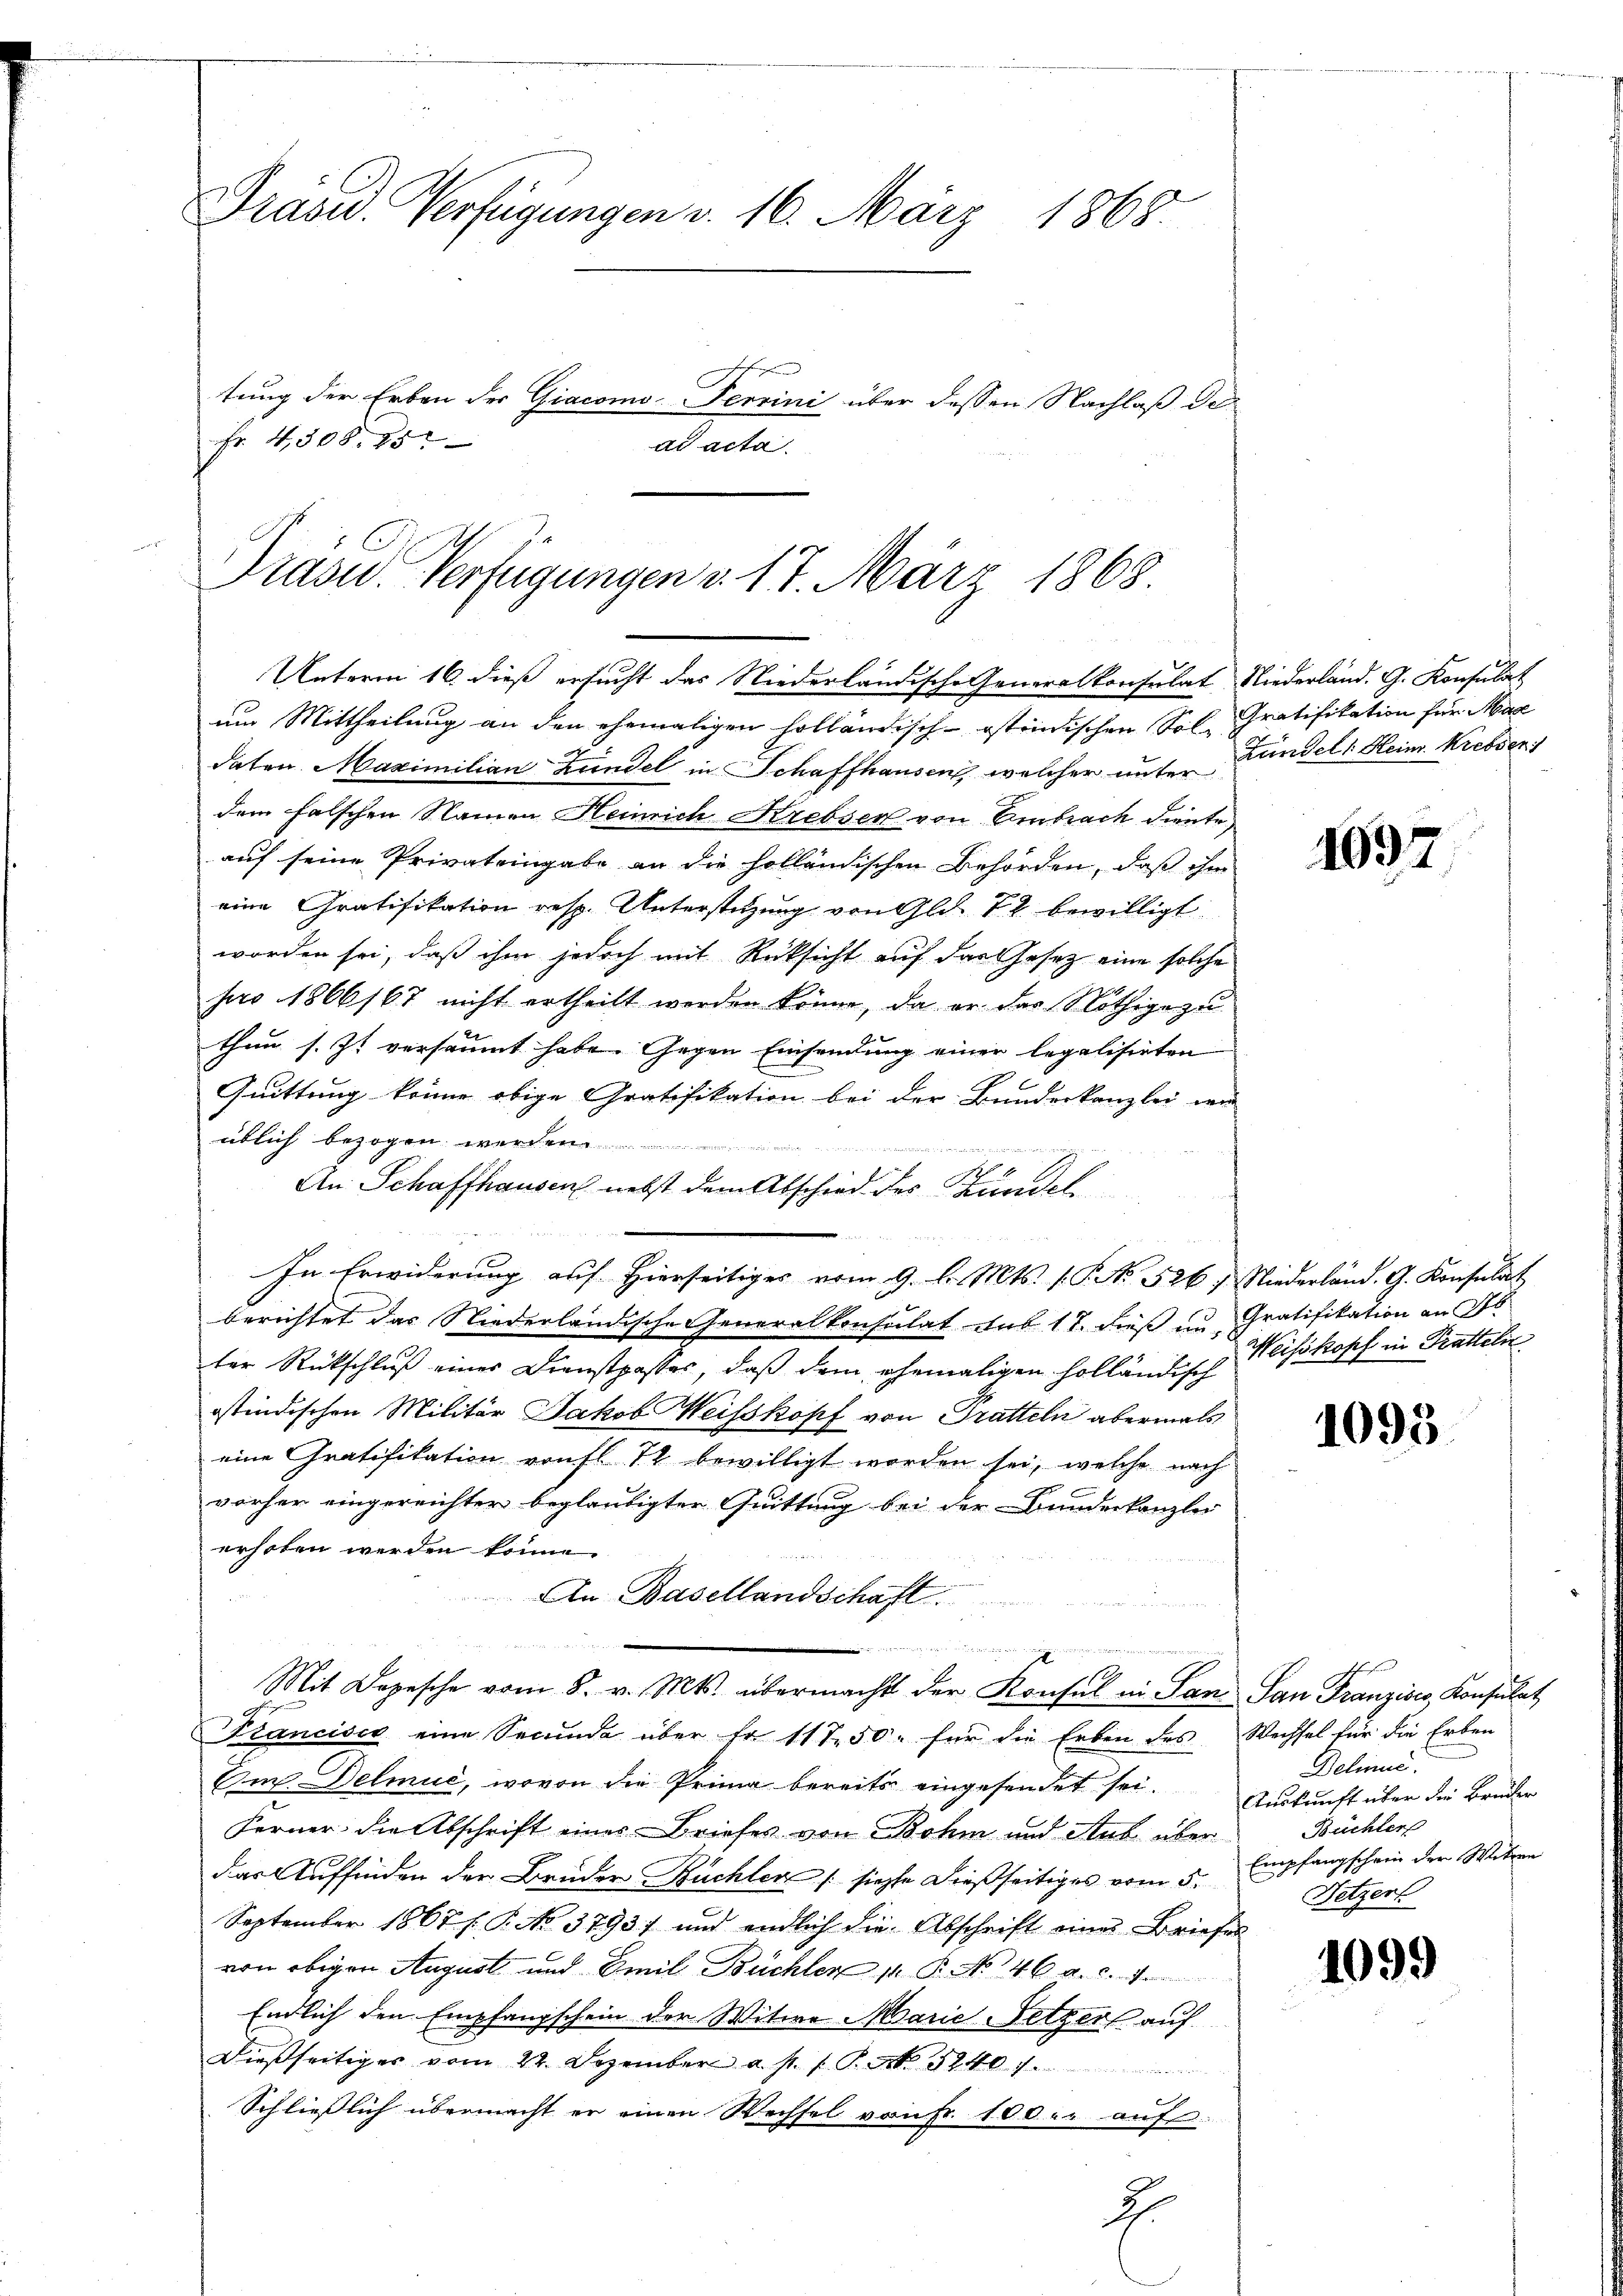
Präsid. Verfügungen v. 16. März 1865
fehen
tung der Erben der Giacomo-Terrini über dessen Nachlaß der
Fr. 4,508. 25
ad acta

Prau. Verfügungen d. 17. März 1868
Unterm 16. dieß ersucht das Niederländische Generalkonsulat Niederländ. G. Konsulat

um Mittheilung an den ehemaligen holländisch-östrindischen Sol Gratifikation für Mac
daten. Maximilian Bundel in Schaffhausen, welcher unter Bundels Heinr. Krebsen
dem falschen Namen Heinrich Krebser von Embrach diente
auf seine Privateingabe an die holländischen Behörden, daß ihm
eine Gratifikation resp. Unterstützung von Gld. 72 bewilligt
worden sei, daß ihm jedoch mit Rücksicht auf das Gesetz eine solche
pro 1866167 nicht ertheilt werden könne, da er das Nöthige zu
thun s. Zt. versäumt habe. Gegen Einsendung einer legalisirten
Quittung keine obige Gratifikation bei der Bundeskanzlei wir
üblich bezogen.

An Schaffhausen nebst dem Abschied des Bündel
In Erwiderung auf hierseitiges vom 9. d. Mts. (T. No. 526. Niederländ. G. Konsulat
berichtet das Niederländische Generalkonsulat aus 17. dieß im Gratifikation an Fl
ter Rückschluß eines Dienstpasses, daß dem ehemaligen holländisch
ostindischen Militär Jakob Weisskopf von Pratteln abermals
eine Gratifikation vonfl 12 bewilligt worden sei, welche nach
vorher eingereichter beglaubigter Quittung bei der Bundeskanzlei
erhoben werden könne.
An Basellandschaft.
zwen der eine gerich, der
Mit Depesche vom 8. v. Mts. übermacht der Konsul in San San Franzisco Konsulat
Francisca eine Secunda über fr. 117. 50. für die Erben des Wechsel für die Erben
Um Delmue, wovon die Prima bereits eingesendet sei.
Ferner die Abschrift eines Briefes von Bohm und Aus über
das Auffinden der Bruder Büchler (siehe dießseitiges vom 5.
September 1867 f. P. No 3793) und endlich die Abschrift einer Briefes
von obigen August und Emil Büchler M. P. No 46 a. c. 1
Endlich den Empfangschein der Witwe Marie Fetzer auf
Dießseitiges vom 24. Dezember a. s. f. P. Nr. 1240.
Schließlich übermacht er einen Wechsel von Fr. 100. auf
J.

169

Weisskopf in Pratteln

1093

Ehehen
Delinne.
Auskunft über die Bruder
Büchler
Empfangschein der Witwen
Hetzert

099